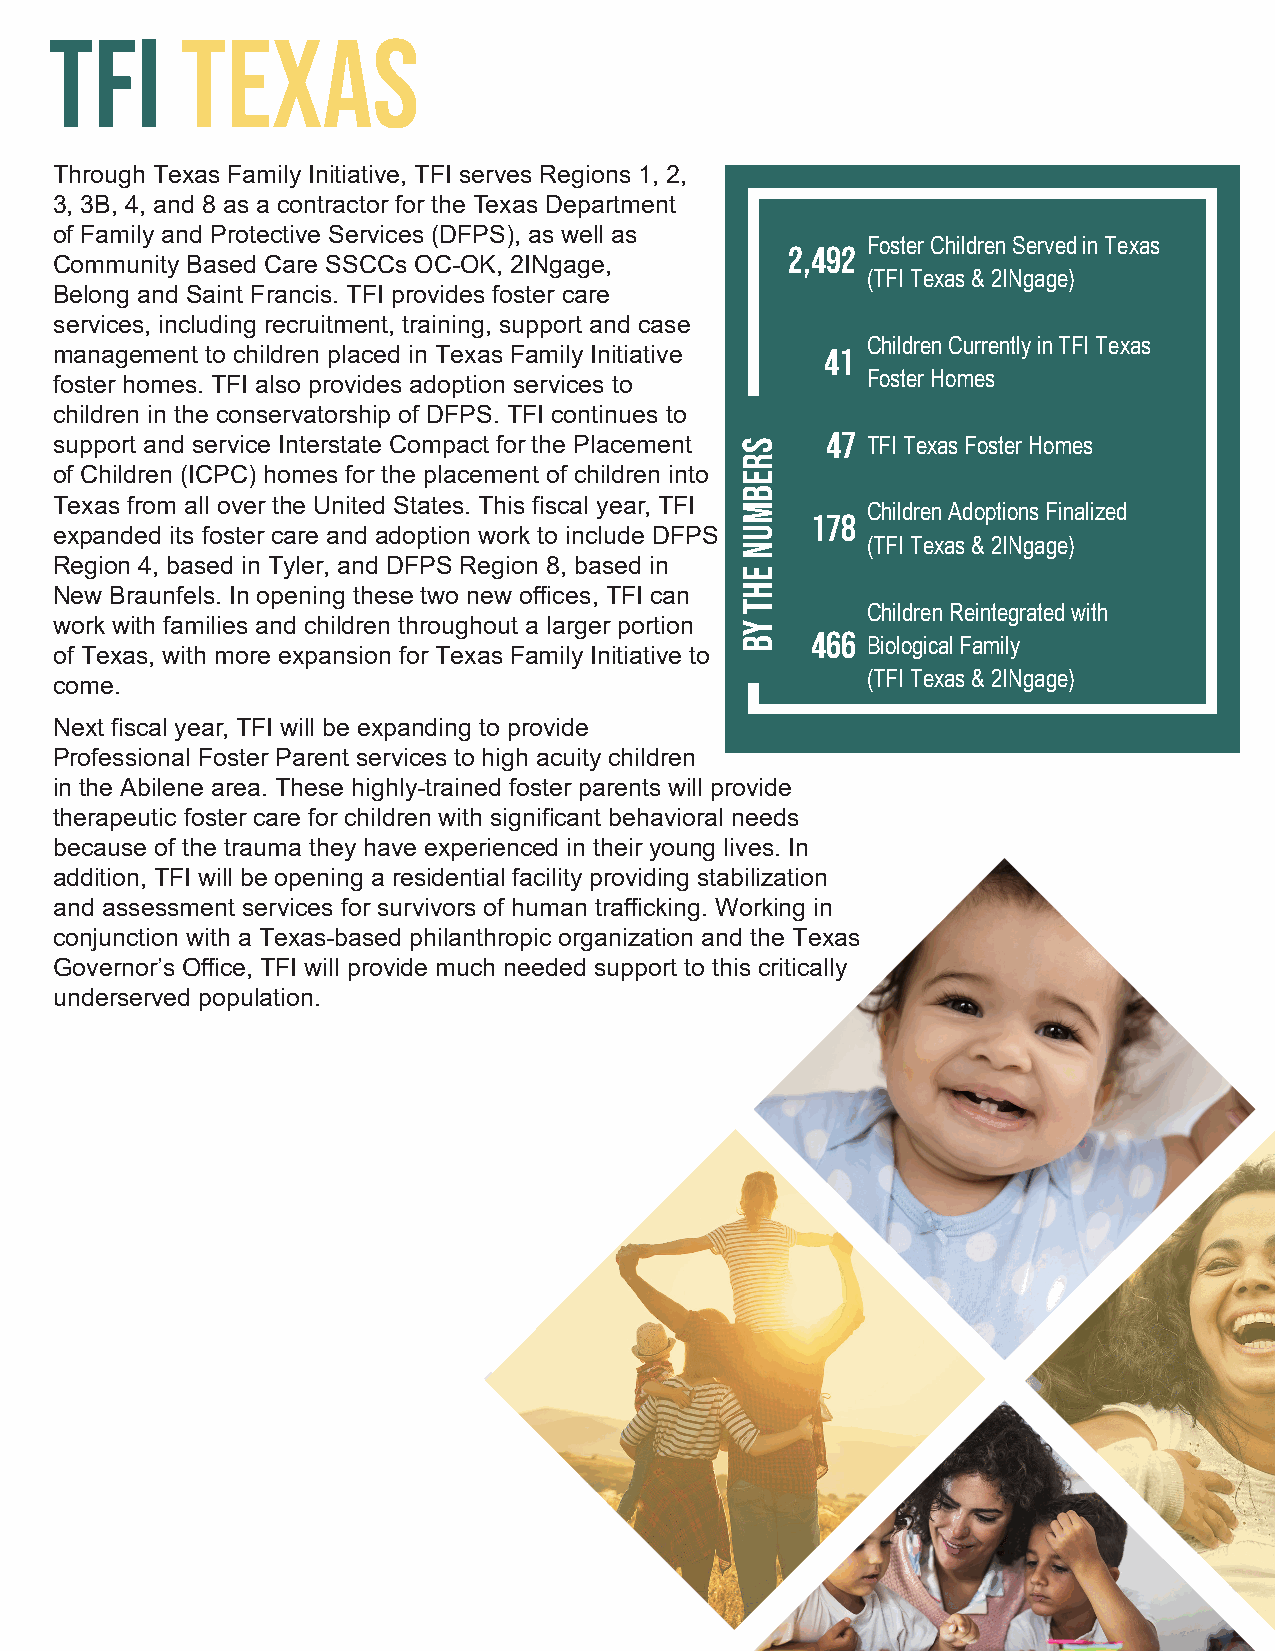
TFI      Texas
 Through Texas Family Initiative, TFI serves Regions 1, 2,
 3, 3B, 4, and 8 as a contractor for the Texas Department
 of Family and Protective Services (DFPS), as well as
 Foster Children Served in Texas
 2,492
 Community Based Care SSCCs OC-OK, 2INgage,
 (TFI Texas & 2INgage)
 Belong and Saint Francis. TFI provides foster care
 services, including recruitment, training, support and case
 Children Currently in TFI Texas
 management to children placed in Texas Family Initiative 41
 Foster Homes
 foster homes. TFI also provides adoption services to
 children in the conservatorship of DFPS. TFI continues to
 47
 support and service Interstate Compact for the Placement TFI Texas Foster Homes
 of Children (ICPC) homes for the placement of children into
 Texas from all over the United States. This fiscal year, TFI
 Children Adoptions Finalized
 178
 expanded its foster care and adoption work to include DFPS
 (TFI Texas & 2INgage)
 Region 4, based in Tyler, and DFPS Region 8, based in
 New Braunfels. In opening these two new offices, TFI can
 Children Reintegrated with
 work with families and children throughout a larger portion
 466
 Biological Family
 of Texas, with more expansion for Texas Family Initiative to
 (TFI Texas & 2INgage)
 come.
 Next fiscal year, TFI will be expanding to provide
 Professional Foster Parent services to high acuity children
 in the Abilene area. These highly-trained foster parents will provide
 therapeutic foster care for children with significant behavioral needs
 because of the trauma they have experienced in their young lives. In
 addition, TFI will be opening a residential facility providing stabilization
 and assessment services for survivors of human trafficking. Working in
 conjunction with a Texas-based philanthropic organization and the Texas
 Governor’s Office, TFI will provide much needed support to this critically
 underserved population.
 srebmun
 eht
 yb